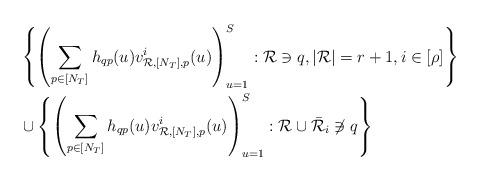
LaTeX: \begin{align*}&\left\{\left(\sum_{p\in[N_T]}h_{qp}(u)v_{{\mathcal{R}},{[N_T]},p}^i(u)\right)_{u=1}^S: \mathcal{R}\ni q,|\mathcal{R}|=r+1,i\in[\rho]\right\}\\&\cup\left\{\left(\sum_{p\in[N_T]}h_{qp}(u)v_{{\mathcal{R}},{[N_T]},p}^i(u)\right)_{u=1}^S:\mathcal{R}\cup\bar{\mathcal{R}}_i\not\ni q\right\}\end{align*}